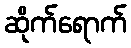
ဆိုက်ရောက်